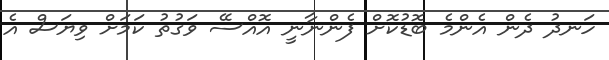
ހަނދު ދެން އެންމެ ބޮޑުކޮށް ފެންނާނީ އޮއްސޭ ވަގުތު ކަމަށް ވިޔަސް އެ